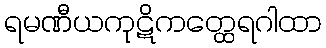
ရမဏီယကုဋိကတ္ထေရဂါထာ